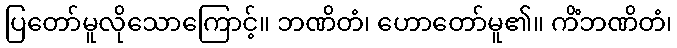
ပြတော်မူလိုသောကြောင့်။ ဘဏိတံ၊ ဟောတော်မူ၏။ ကိံဘဏိတံ၊